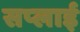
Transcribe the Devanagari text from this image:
सप्‍लाई